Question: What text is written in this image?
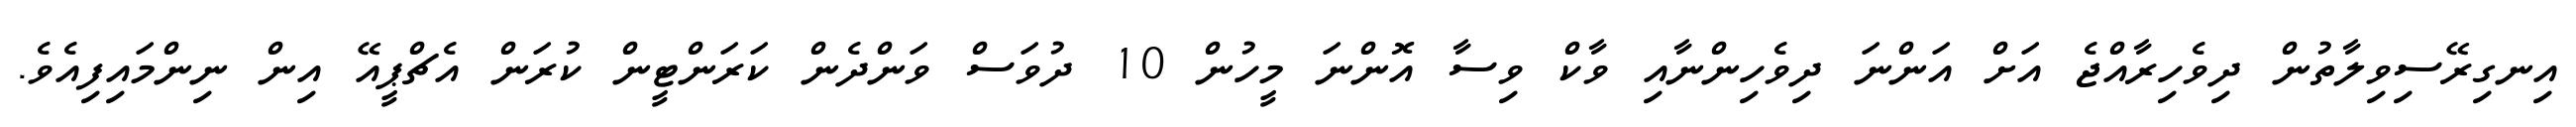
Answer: އިނގިރޭސިވިލާތުން ދިވެހިރާއްޖެ އަށް އަންނަ ދިވެހިންނާއި ވާކް ވިސާ އޮންނަ މީހުން 10 ދުވަސް ވަންދެން ކަރަންޓީން ކުރަން އެޗްޕީއޭ އިން ނިންމައިފިއެވެ.